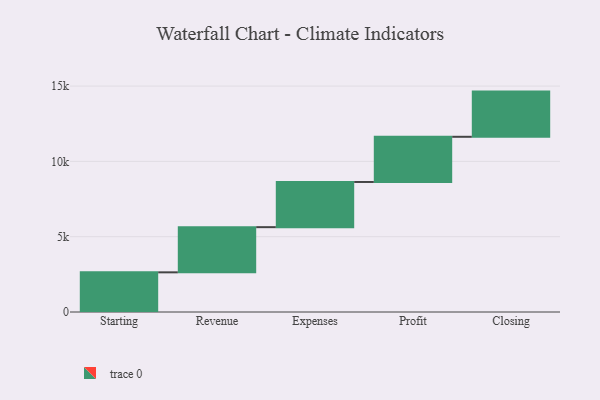
{"axis": {"x": "Step", "y": "Value"}, "legend": [""], "data": [{"x": "Starting", "y": 2633.0, "type": ""}, {"x": "Revenue", "y": 3000, "type": ""}, {"x": "Expenses", "y": 3000, "type": ""}, {"x": "Profit", "y": 3000, "type": ""}, {"x": "Closing", "y": 3000, "type": ""}]}